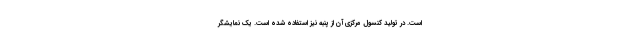
است. در تولید کنسول مرکزی آن از پنبه نیز استفاده شده است. یک نمایشگر